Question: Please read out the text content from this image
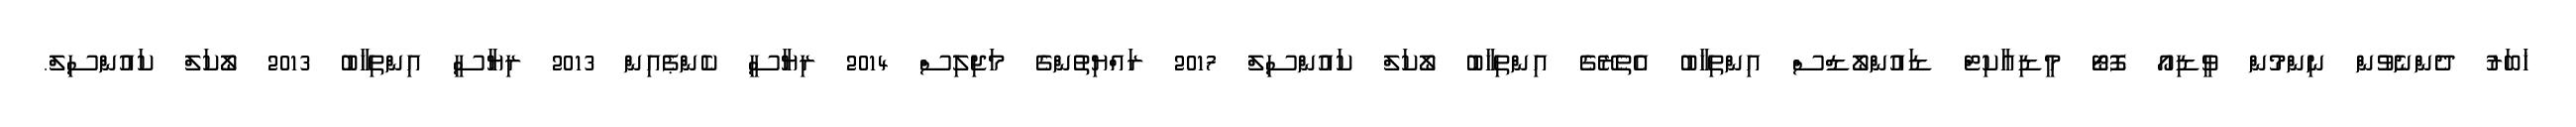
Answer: ޚަބަރު ދެންނެވުން ނިންމުން ވީޑިއޯ ފޮޓޯ މީޑިއާކިޓް ޑައުންލޯޑްސް އިންތިޚާބު އެތެރޭގެ އިންތިޚާބު ލޯކަލް ކައުންސިލް 2017 ރައްޔިތުންގެ މަޖިލިސް 2014 ރިޔާސީ ކެންޕެއިން 2013 ރިޔާސީ އިންތިޚާބު 2013 ލޯކަލް ކައުންސިލް.